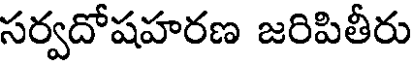
సర్వదోషహరణ జరిపితీరు